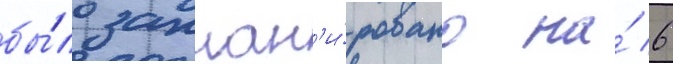
бы́ло заплан'и́ровано на́ 6